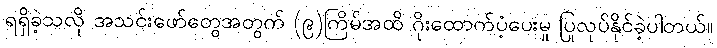
ရရှိခဲ့သလို အသင်းဖော်တွေအတွက် (၉)ကြိမ်အထိ ဂိုးထောက်ပံ့ပေးမှု ပြုလုပ်နိုင်ခဲ့ပါတယ်။